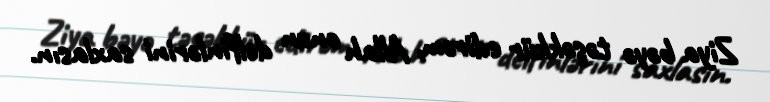
Ziya bəyə təşəkkür edirəm, Allah onun delfinlərini saxlasın.